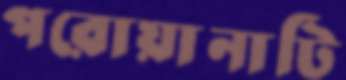
পরোয়ানাটি